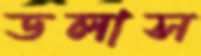
ডলাস